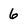
Character: 6